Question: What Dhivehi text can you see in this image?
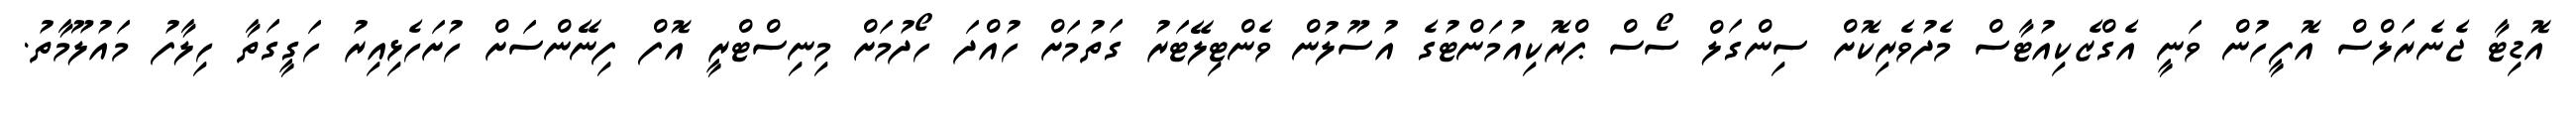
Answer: އޮޑިޓާ ޖެނެރަލްސް އޮފީހުން ވަނީ އެގްޒެކިއުޓާސް މެދުވެރިކޮށް ސިންގަލް ސޯސް ޕްރޮކިއުމަންޓުގެ އުސޫލުން ވެންޓިލޭޓަރު ގަތުމަށް ހުއްދަ ހޯދުމަށް މިނިސްޓްރީ އޮފް ފިނޭންސަށް ހުށަހެޅިއިރު ހަގީގަތާ ހިލާފު މައުލޫމާތު.